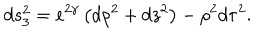
LaTeX: d s _ { 3 } ^ { 2 } = e ^ { 2 \gamma } \left( d \rho ^ { 2 } + d z ^ { 2 } \right) - \rho ^ { 2 } d \tau ^ { 2 } .